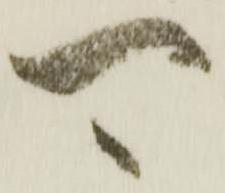
可